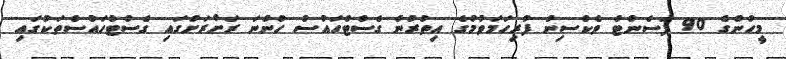
މީހުންގެ 90 ޕަސެންޓް ވެކްސިން ފުރިހަމަވުމުގެ އިތުރުން ގެސްޓްހައުސް ހުންނަ ރަށްރަށުގައި ގެސްޓްހައުސްތަކުގައި